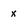
Character: x